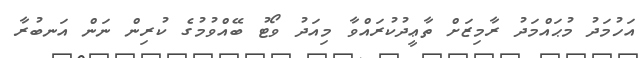
އަހުމަދު މުޙައްމަދު ރާމިޒަށް ތާޢީދުކުރައްވާ މިއަދު ވޯޓު ބޭއްވުމުގެ ކުރިން ނަން އަނބުރާ